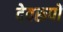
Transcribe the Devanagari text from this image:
देवरूपों